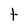
Character: t